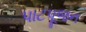
પાટપૂજન